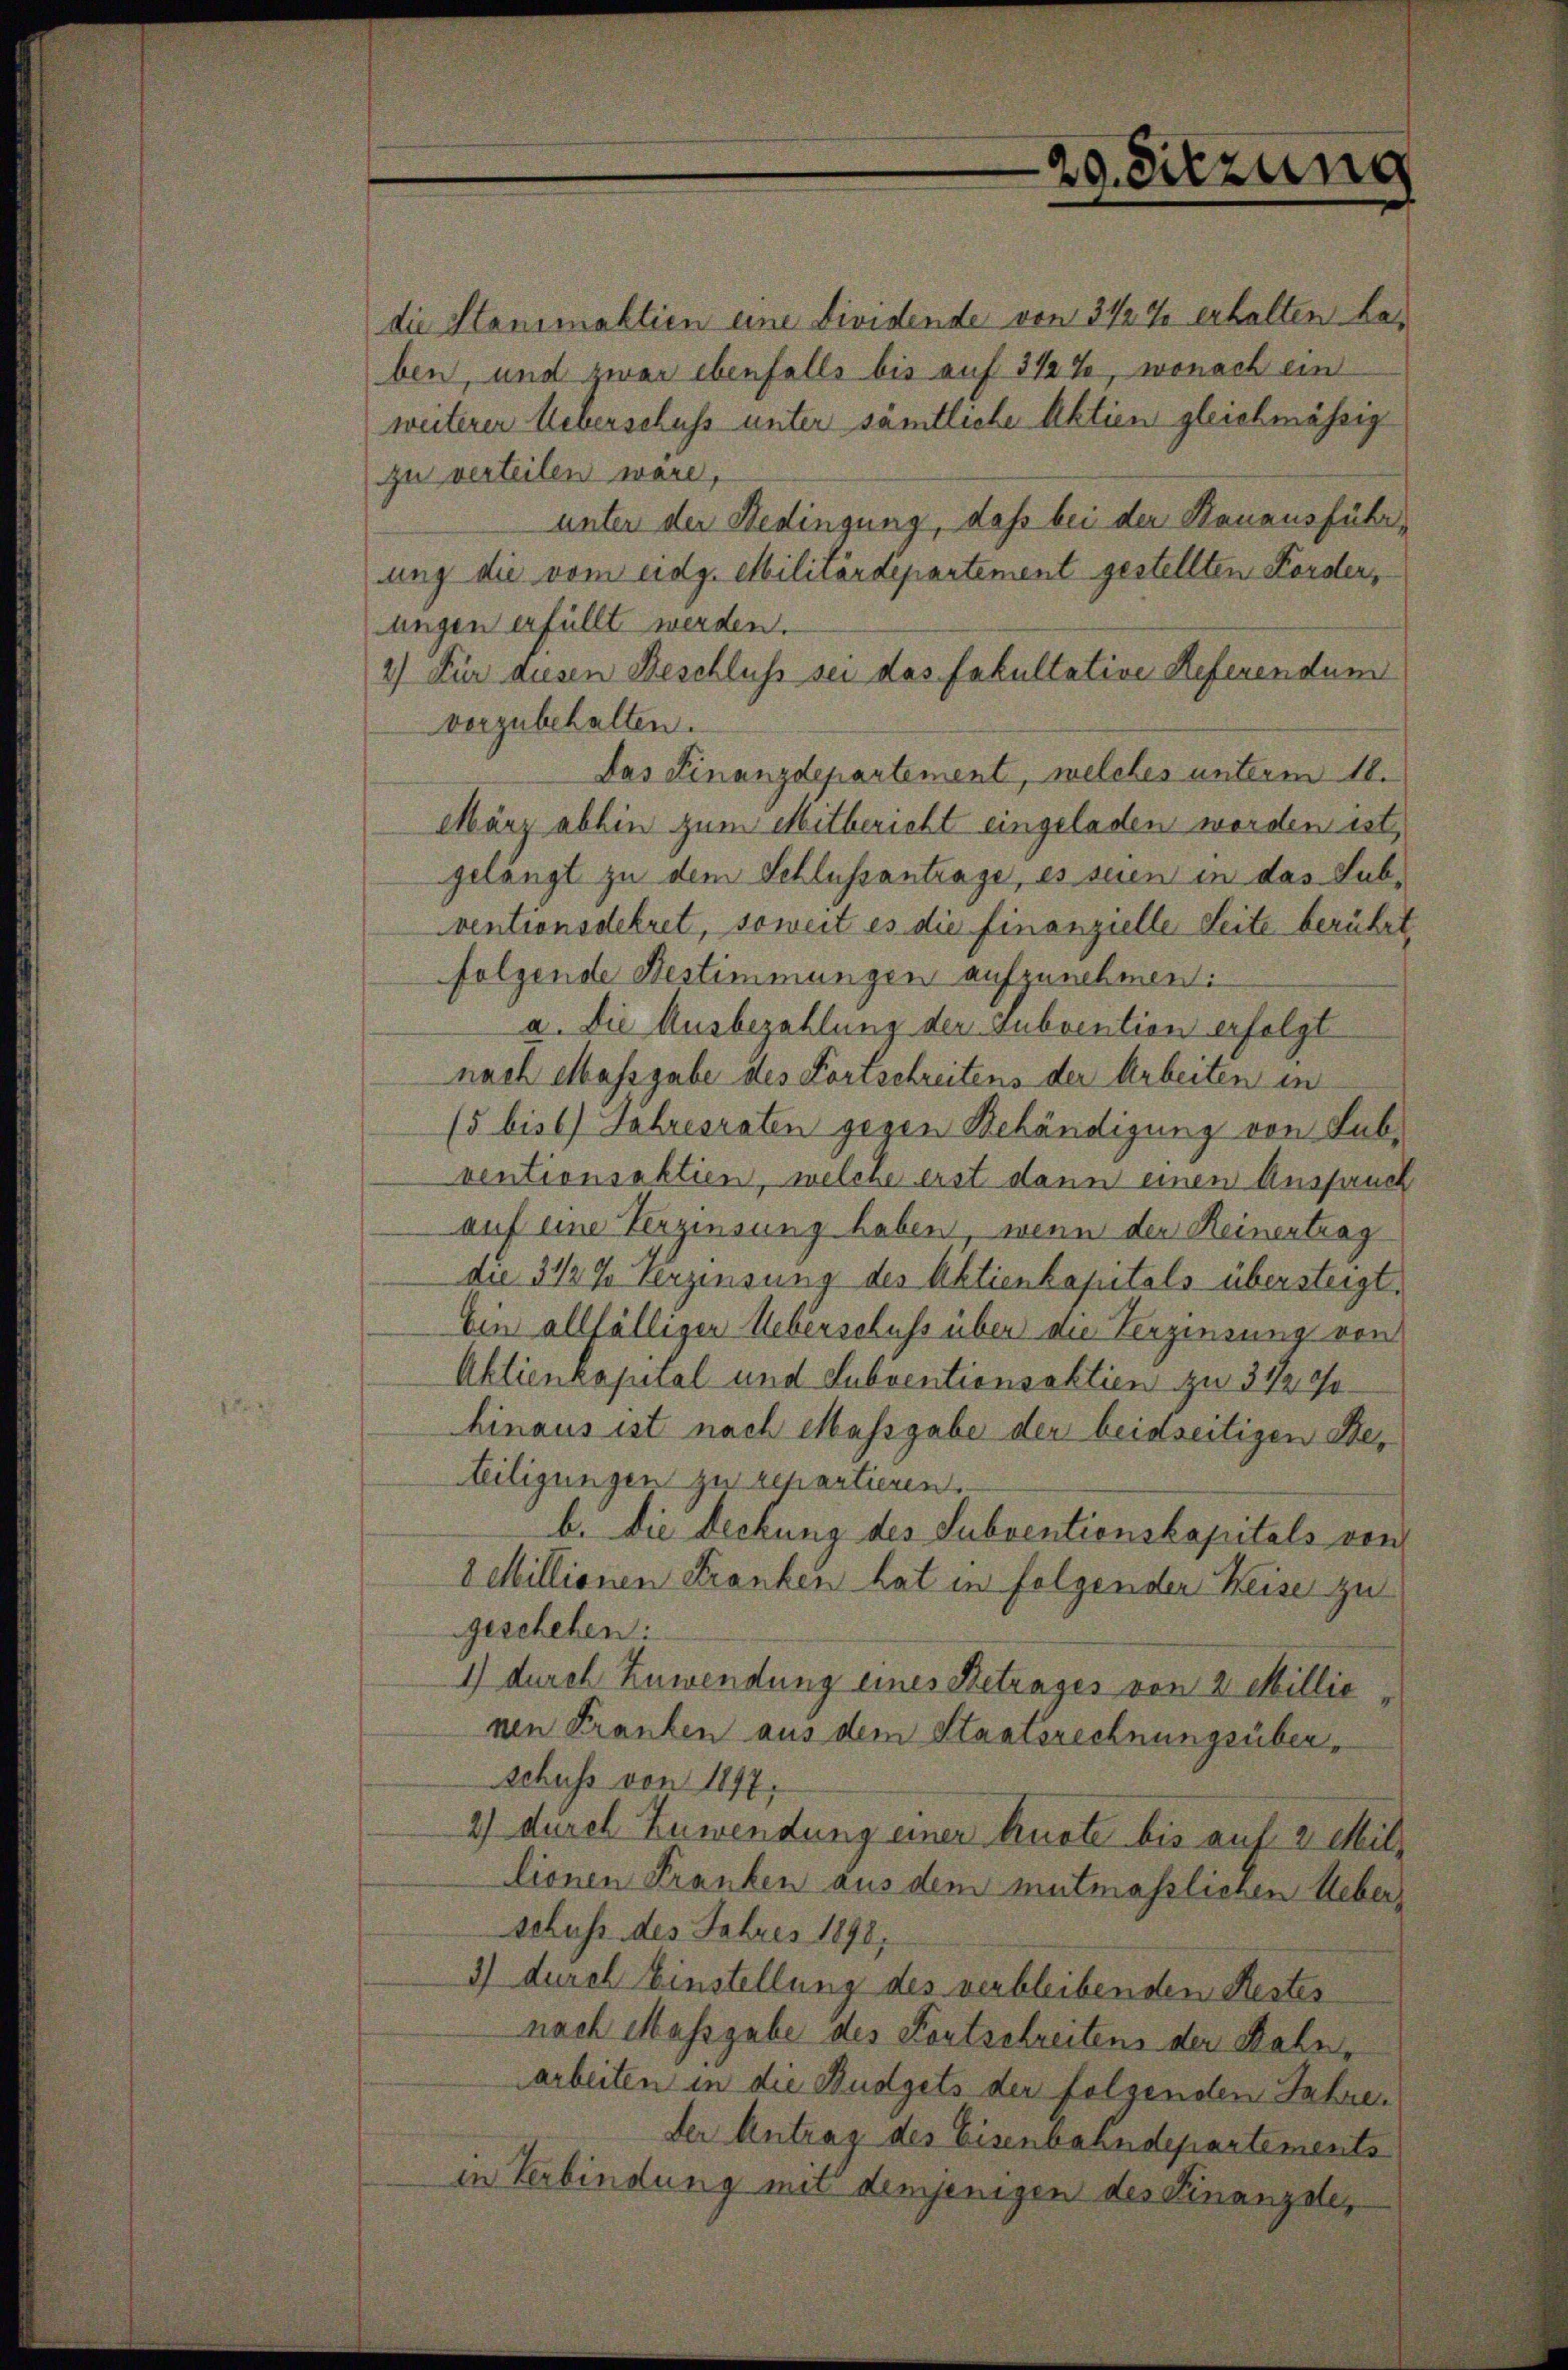
die Stanimaktien eine Dividende von 3 1/2 % erhalten La-
ben, und zwar ebenfalls bis auf 3 1/2 %, wonach ein
weiterer Ueberschuss unter sämtliche Aktien gleichmässig
zu verteilen wäre,
unter der Bedingung, daß bei der Bauausführung die vom eidg. Militärdepartement gestellten Forders
ungen erfüllt werden.
2) Für diesen Beschluß sei das fakultative Referendum
vorzubehalten.
Das Finanzdepartement, welches unterm 18.
März abhin zum Mitbericht eingeladen worden ist,
gelängt zu dem Schlussantrage, es seien in das Subventionsdekret, soweit es die finanzielle Seite berührt.
folgende Bestimmungen aufzunehmen:
a. Die Ausbezahlung der Subvention erfolgt
nach Massgabe des Fortschreitens der Arbeiten in
15 bis 6 Jahresraten gegen Behändigung von Subventionsaktion, welche erst dann einen Aussauch
auf eine Verzinsung haben, wenn der Heinertrag
die 3 1/2 % Verzinsung des Aktienkapitals übersteigt.
Ein allfälliger Ueberschuss über die Verzinsung von
Aktienkapital und Subventionsaktien zu 3 1/2 Fr.
hinaus ist nach Massgabe der beidseitigen Beteiligungen zu repartieren.
b. Die Deckung des Subventionskapitals von
8 Millionen Franken hat in folgender Keise zu
geschehen:
1) durch Zuwendung eines Betrages von 2 Millie
nen Franken aus dem Staatsrechnungsüberschuss von 1897.
2) durch Zuwendung einer huste bis auf 2 Mili
lionen Franken aus dem mutmasslichen Ueber,
schuss des Fahres 1890.
3) durch Einstellung des verbleibenden Restes
nach Massgabe des Fortschreitens der Bahnarbeiten in die Budgets der folgenden Jahre
der Antrag des Eisenbahndepartements
in Verbindung mit demjenigen des Finanzde,

20. Sitzung